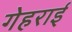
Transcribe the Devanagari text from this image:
गेहराई